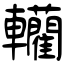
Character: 轥